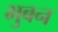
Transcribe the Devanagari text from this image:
भुबन